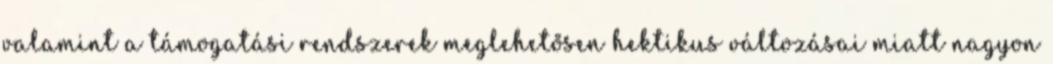
valamint a támogatási rendszerek meglehetősen hektikus változásai miatt nagyon